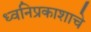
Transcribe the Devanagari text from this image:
ध्वनिप्रकाशाचे